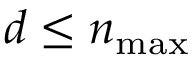
d \leq n _ { \operatorname* { m a x } }